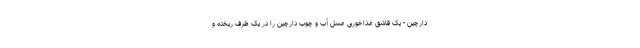
دارچین - یک قاشق غذاخوری عسل آب و چوب دارچین را در یک ظرف ریخته و